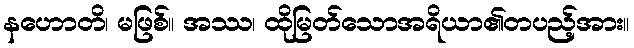
နဟောတိ၊ မဖြစ်။ အဿ၊ ထိုမြတ်သောအရိယာ၏တပည့်အား။